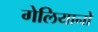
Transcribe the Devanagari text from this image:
गेलियानो